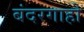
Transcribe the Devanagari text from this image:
बंदरगाहो